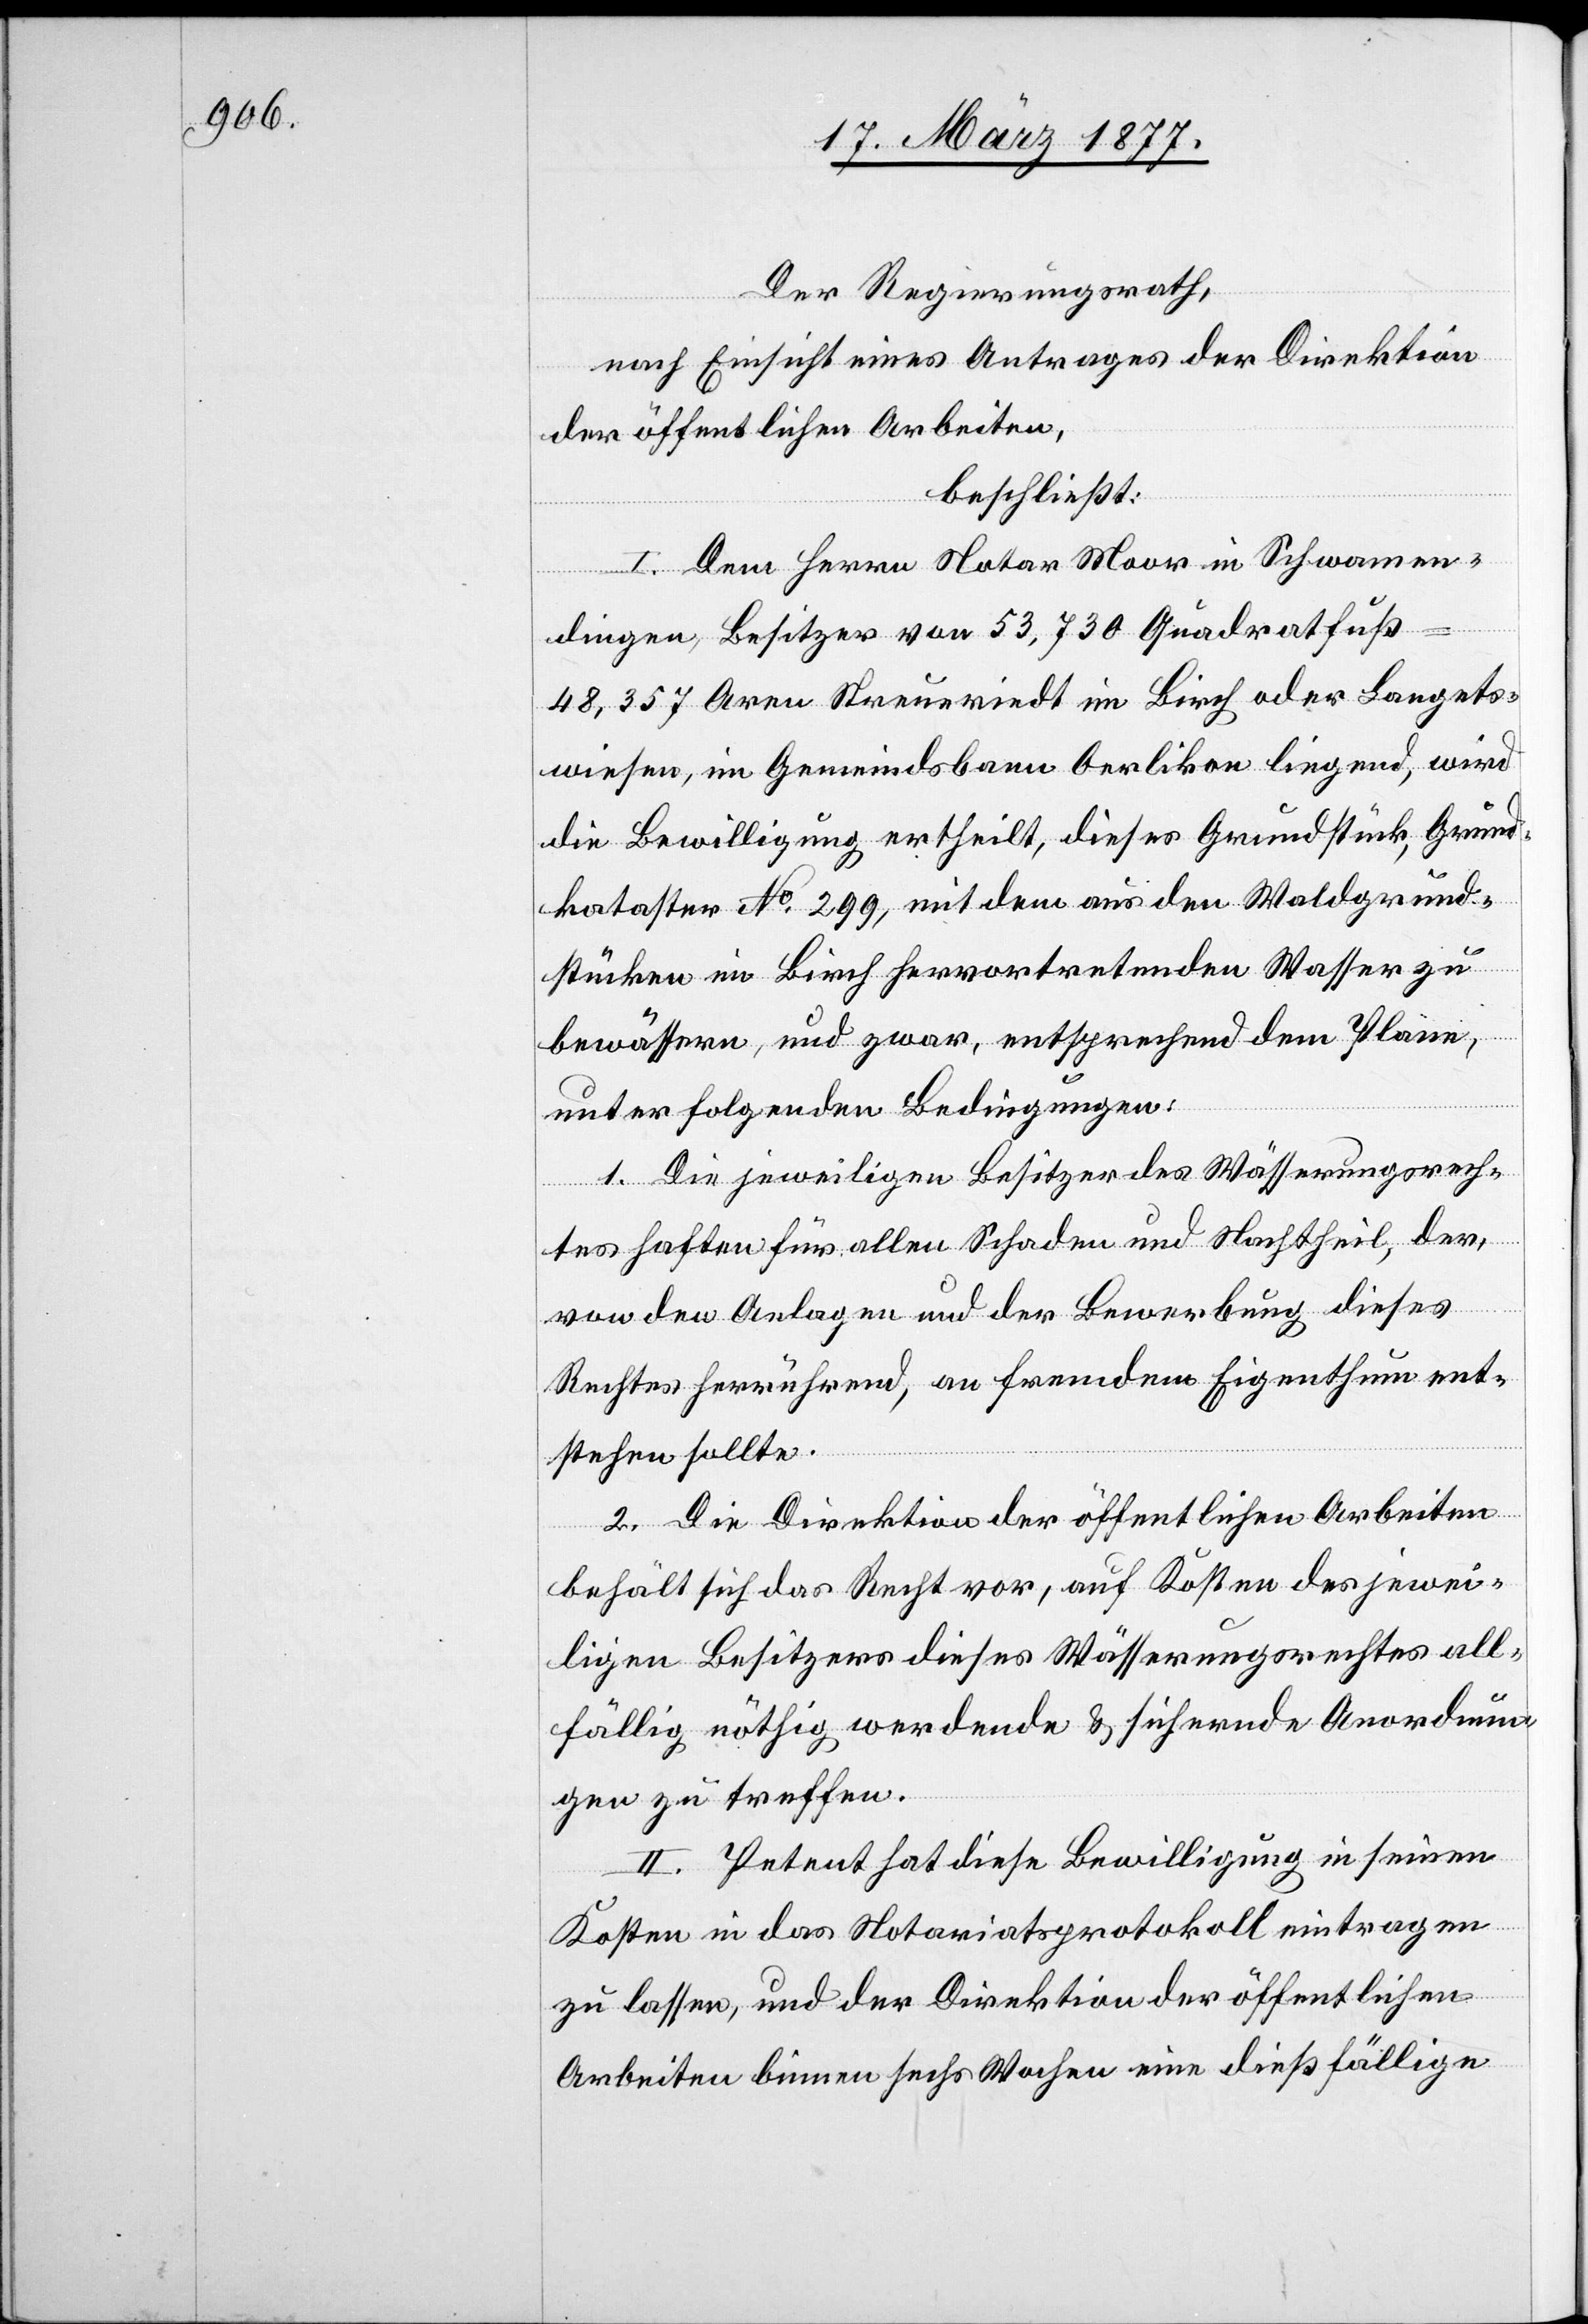
Der Regierungsrath,
nach Einsicht eines Antrages der Direktion
der öffentlichen Arbeiten,
beschließt:
I. Dem Herrn Notar Moor in Schwamen¬
dingen, Besitzer von 53,730 Quadratfuß
48,357 Aren Streueriedt im Birch oder Langets¬
wiesen, im Gemeindsbann Oerlikon liegend, wird
die Bewilligung ertheilt, dieses Grundstück, Grund¬
kataster No 299, mit dem aus den Waldgrund¬
stücken im Birch hervortretenden Wasser zu
bewässern, und zwar, entsprechend dem Plane,
unter folgenden Bedingungen:
1. Die jeweiligen Besitzer des Wässerungsrech¬
tes haften für allen Schaden und Nachtheil, der,
von den Anlagen und der Bewerbung dieses
Rechtes herrührend, an fremdem Eigenthum ent¬
stehen sollte.
2. Die Direktion der öffentlichen Arbeiten
behält sich das Recht vor, auf Kosten des jewei¬
ligen Besitzers dieses Wässerungsrechtes all¬
fällig nöthig werdende & sichernde Anordnun¬
gen zu treffen.
II. Petent hat diese Bewilligung in seinen
Kosten in das Notariatsprotokoll eintragen
zu lassen, und der Direktion der öffentlichen
Arbeiten binnen sechs Wochen eine dießfällige